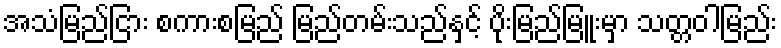
အသံမြည်ငြား စကားစမြည် မြည်တမ်းသည်နှင့် ပိုးမြည်မြူးမှာ သတ္တဝါမြည်း